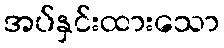
အပ်နှင်းထားသော